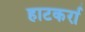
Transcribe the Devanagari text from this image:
हाटकर्रा